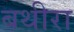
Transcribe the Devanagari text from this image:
बथीरा